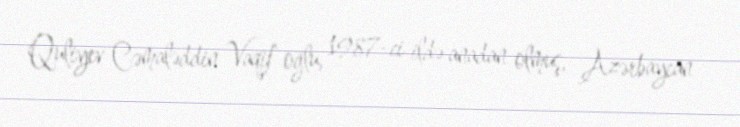
Quliyev Cəmaləddin Vaqif oğlu, 1987-ci ildə anadan olmuş, Azərbaycan